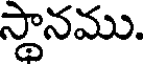
స్థానము.